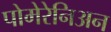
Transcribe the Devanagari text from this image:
पोमेरेनिअन